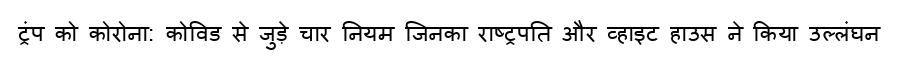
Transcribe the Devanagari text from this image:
ट्रंप को कोरोना: कोविड से जुड़े चार नियम जिनका राष्ट्रपति और व्हाइट हाउस ने किया उल्लंघन